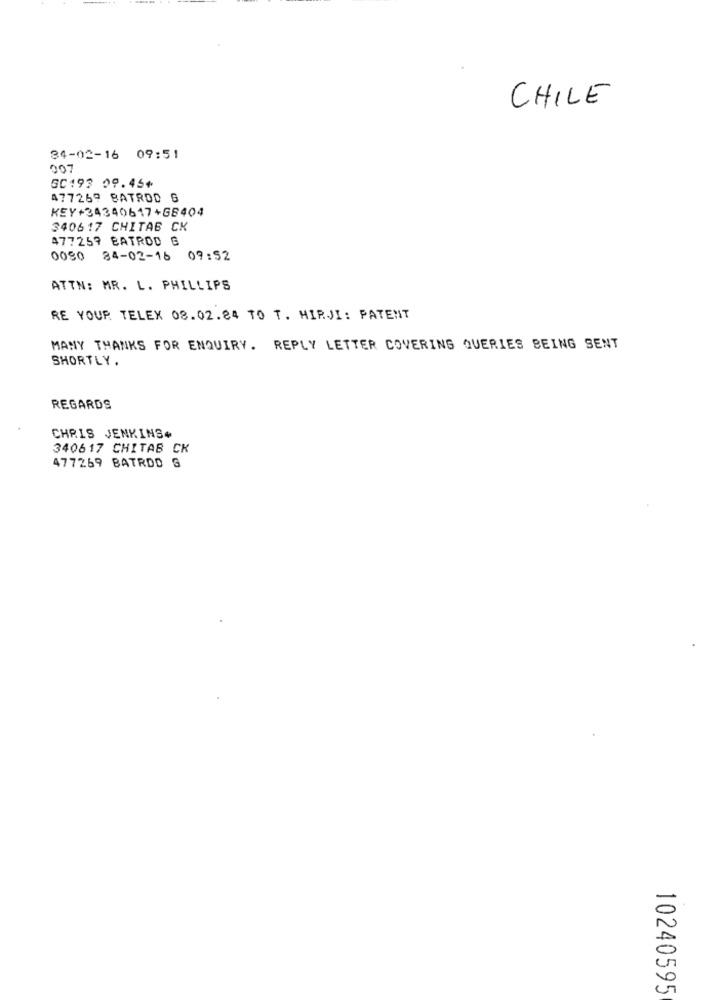
CHILE
34-02-16 09:51
007
50193 09.45+
477269 BATRDD G
KEY+34340617+G8404
340617 CHITAB CK
477259 BATROD G
0080 84-02-16 09:52
ATTN: MR. L. PHILLIPS
RE YOUR TELEX 08.02.84 TO T. MIRJI: PATENT
MANY THANKS FOR ENQUIRY. REPLY LETTER COVERING QUERIES BEING SENT
SHORTLY.
REGARDS
CHRIS JENKINS+
340617 CHITAB CK
477269 BATRDD G
10240595